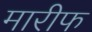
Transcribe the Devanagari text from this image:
मारीफ